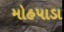
મોહપાડા